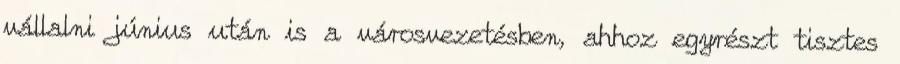
vállalni június után is a városvezetésben, ahhoz egyrészt tisztes